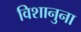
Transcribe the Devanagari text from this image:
विशानुना